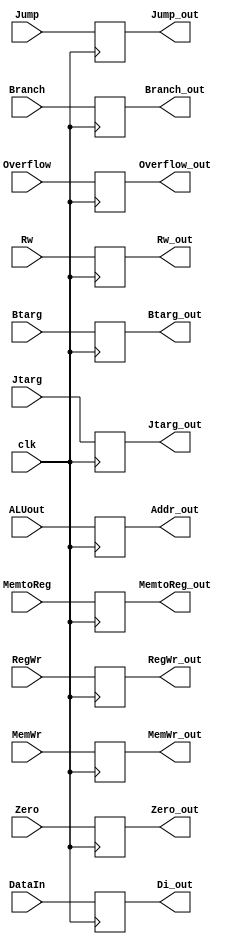
module EXReg(clk, Btarg, Jtarg, Zero, Overflow,
             ALUout, DataIn, Rw, Btarg_out,
             Jtarg_out, Zero_out, Overflow_out, Addr_out, Di_out,
             Rw_out,MemWr_out, Branch_out, Jump_out, MemtoReg_out, RegWr_out,
             MemWr, Branch, Jump, MemtoReg, RegWr);
    input clk;
    input[29:0] Btarg, Jtarg;
    input Zero, Overflow;
    input[31:0] ALUout, DataIn;
    input[4:0] Rw;
    // 
    input MemWr, Branch, Jump, MemtoReg, RegWr;

    output reg[29:0] Btarg_out, Jtarg_out;
    output reg Zero_out, Overflow_out;
    output reg[31:0] Addr_out;
    output reg[31:0] Di_out;
    output reg[4:0] Rw_out;
    // 
    output reg MemWr_out, Branch_out, Jump_out, MemtoReg_out, RegWr_out;

    initial begin
        Jump_out <= 0;
        Branch_out <= 0;
    end

    always @(negedge clk) begin
        Btarg_out <= Btarg;
        Jtarg_out <= Jtarg;
        Zero_out <= Zero;
        Overflow_out <= Overflow;
        Addr_out <= ALUout;
        Di_out <= DataIn;
        Rw_out <= Rw;

        MemWr_out <= MemWr;
        Branch_out <= Branch;
        Jump_out <= Jump;
        MemtoReg_out <= MemtoReg;
        RegWr_out <= RegWr;
    end
endmodule